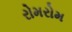
રોમરોમ